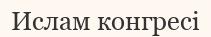
Ислам конгресі